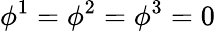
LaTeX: \phi^{1}=\phi^{2}=\phi^{3}=0